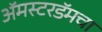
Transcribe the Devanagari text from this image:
अॅमस्टरडॅमचा